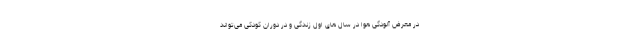
در معرض آلودگی هوا در سال های اول زندگی و در دوران کودکی می‌تواند